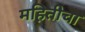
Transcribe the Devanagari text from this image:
महितीचा